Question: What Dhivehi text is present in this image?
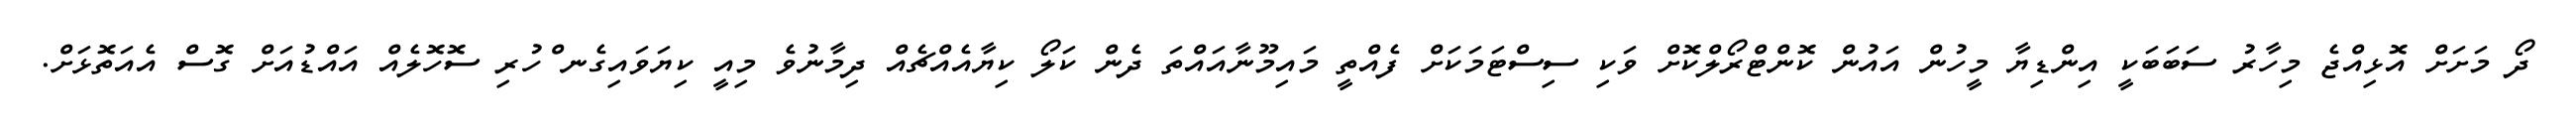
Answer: ދޯ މަށަށް އޮޅިއްޖެ މިހާރު ސަބަބަކީ އިންޑިޔާ މީހުން އައުން ކޮންޓްރޯލްކޮށް ވަކި ސިސްޓަމަކަށް ފެއްތީ މައިމޫނާއައްތަ ދެން ކަލޯ ކިޔާއެއްޗެއް ދިމާނުވެ މިއީ ކިޔަވައިގެނ ްހުރި ސޮހޮލެއް އައްޑުއަށް ގޮސް އެއަތޮޅަށް.